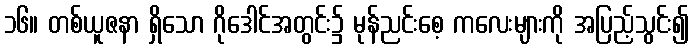
၁၆။ တစ်ယူဇနာ ရှိသော ဂိုဒေါင်အတွင်း၌ မုန်ညင်းစေ့ ကလေးများကို အပြည့်သွင်း၍